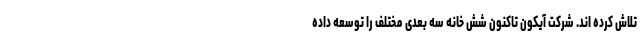
تلاش کرده اند. شرکت آیکون تاکنون شش خانه سه بعدی مختلف را توسعه داده